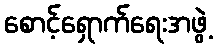
စောင့်ရှောက်ရေးအဖွဲ့